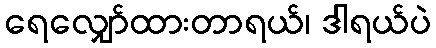
ရေလျှော်ထားတာရယ်၊ ဒါရယ်ပဲ